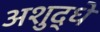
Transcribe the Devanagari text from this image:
अशुद्धे